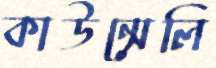
কাউন্সেলি